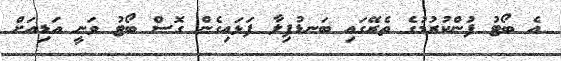
އެ ބޯޓު ފުންކުރުމުގެ ތެރޭގައި ބަނޑުފިލާ ފަޅައިގެން ގޮސް ބޯޓު ވަނީ އަޑިއަށް